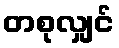
တစုလျှင်